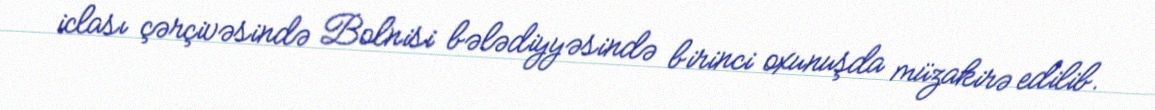
iclası çərçivəsində Bolnisi bələdiyyəsində birinci oxunuşda müzakirə edilib.